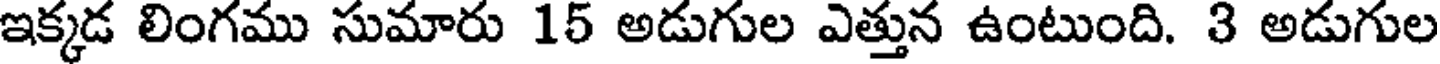
ఇక్కడ లింగము సుమారు 15 అడుగుల ఎత్తున ఉంటుంది. 3 అడుగుల